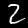
Digit: 2